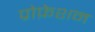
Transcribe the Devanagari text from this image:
प्रोफ़ेशन